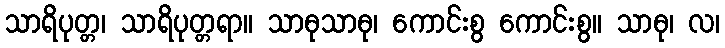
သာရိပုတ္တ၊ သာရိပုတ္တရာ။ သာဓုသာဓု၊ ကောင်းစွ ကောင်းစွ။ သာဓု၊ လ၊